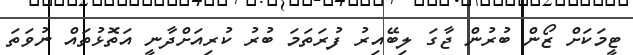
ޓީމަކަށް ޒޯން ބުރުން ޖާގަ ލިބޭއިރު ފުރަތަމަ ބުރު ކުރިއަށްދާނީ އަތޮޅުތައް ނުވަތަ